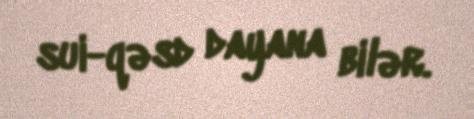
sui-qəsd dayana bilər.